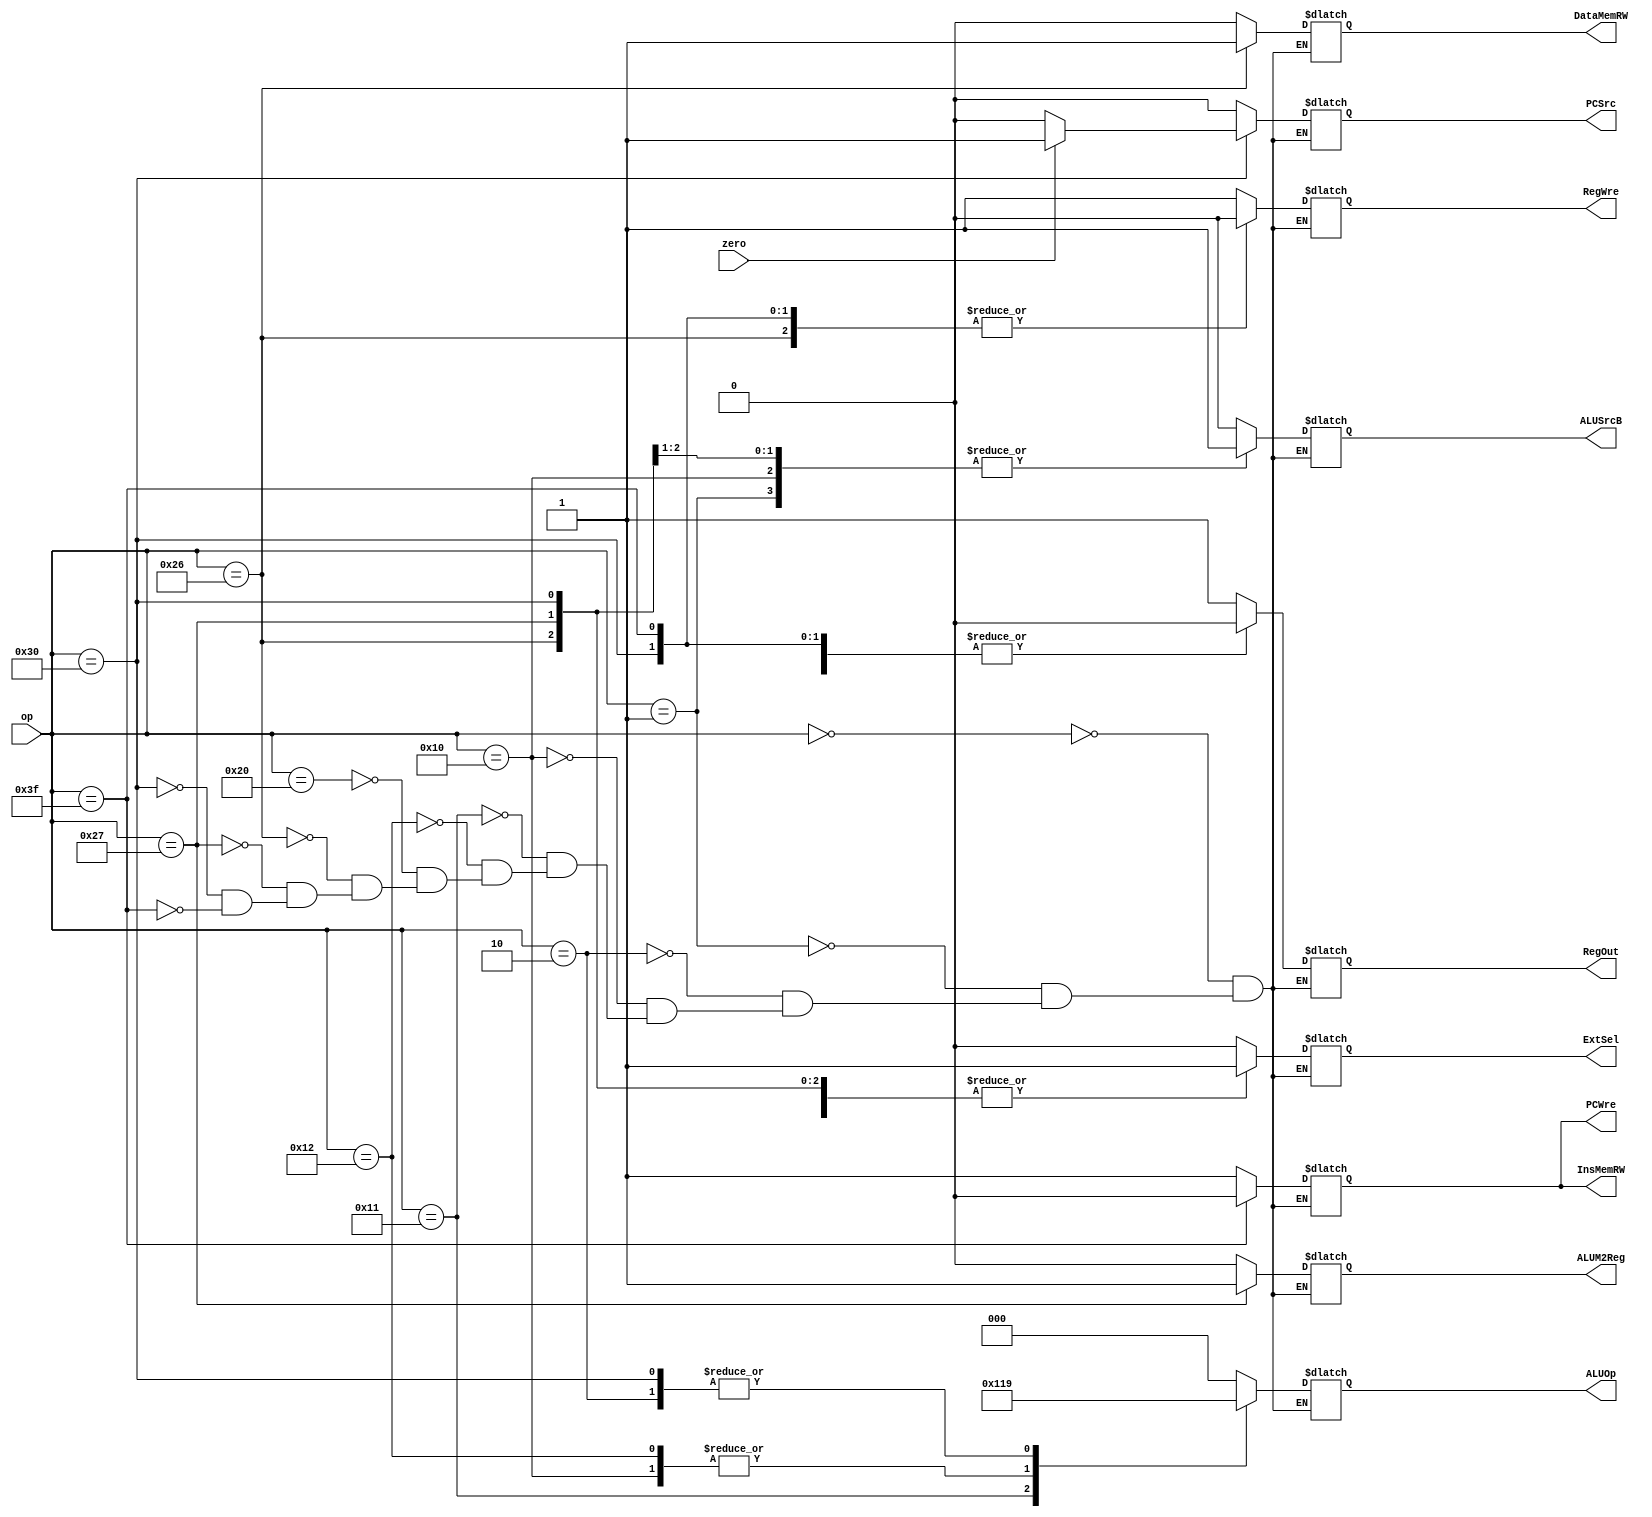
`timescale 1ns / 1ps

module ControlUnit (
    input [5:0] op,   // op
    input       zero, // ALUzero

    // 
    output reg PCSrc,  // 
    output reg PCWre,  // (PC)PC0PC
    output reg ALUSrcB,  // 
    output reg ALUM2Reg,  // 
    output reg RegWre,  // (RF)1
    output reg InsMemRW,  // (IM)10
    output reg DataMemRW,  // (DM)10
    output reg ExtSel,          // (EXT)100
    output reg RegOut,  // 
    output reg [2:0] ALUOp  // (ALU)ALU 
);

    // 
    initial begin
        ExtSel = 0;
        PCWre = 1;
        InsMemRW = 1; // 
        RegOut = 1;
        RegWre = 0;
        ALUOp = 0;
        PCSrc = 0;
        ALUSrcB = 0;
        DataMemRW = 0;
        ALUM2Reg = 0;
    end

    always @(op or zero) begin
        case (op)
            // add
            6'b000000: begin  // 
                PCWre = 1;
                ALUSrcB = 0;
                ALUM2Reg = 0;
                RegWre = 1;
                InsMemRW = 1;
                DataMemRW = 0;
                ExtSel = 0;
                PCSrc = 0;
                RegOut = 1;
                ALUOp = 3'b000; // 
            end
            // addi
            6'b000001: begin  // 
                PCWre = 1;
                ALUSrcB = 1;
                ALUM2Reg = 0;
                RegWre = 1;
                InsMemRW = 1;
                DataMemRW = 0;
                ExtSel = 1;
                PCSrc = 0;
                RegOut = 0;
                ALUOp = 3'b000;
            end
            // sub
            6'b000010: begin  // 
                PCWre = 1;
                ALUSrcB = 0;
                ALUM2Reg = 0;
                RegWre = 1;
                InsMemRW = 1;
                DataMemRW = 0;
                ExtSel = 0;
                PCSrc = 0;
                RegOut = 1;
                ALUOp = 3'b001;
            end
            // ori
            6'b010000: begin  // 
                PCWre = 1;
                ALUSrcB = 1;
                ALUM2Reg = 0;
                RegWre = 1;
                InsMemRW = 1;
                DataMemRW = 0;
                ExtSel = 0;
                PCSrc = 0;
                RegOut = 0;
                ALUOp = 3'b011;
            end
            // and
            6'b010001: begin  // 
                PCWre = 1;
                ALUSrcB = 0;
                ALUM2Reg = 0;
                RegWre = 1;
                InsMemRW = 1;
                DataMemRW = 0;
                ExtSel = 0;
                PCSrc = 0;
                RegOut = 1;
                ALUOp = 3'b100;
            end
            // or
            6'b010010: begin  // 
                PCWre = 1;
                ALUSrcB = 0;
                ALUM2Reg = 0;
                RegWre = 1;
                InsMemRW = 1;
                DataMemRW = 0;
                ExtSel = 0;
                PCSrc = 0;
                RegOut = 1;
                ALUOp = 3'b011;
            end
            // move
            6'b100000: begin  // 
                PCWre = 1;
                ALUSrcB = 0;
                ALUM2Reg = 0;
                RegWre = 1;
                InsMemRW = 1;
                DataMemRW = 0;
                ExtSel = 0;
                PCSrc = 0;
                RegOut = 1;
                ALUOp = 3'b000;
            end
            // sw
            6'b100110: begin  // 
                PCWre = 1;
                ALUSrcB = 1;
                ALUM2Reg = 0;
                RegWre = 0;
                InsMemRW = 1;
                DataMemRW = 1;
                ExtSel = 1;
                PCSrc = 0;
                RegOut = 0;
                ALUOp = 3'b000;
            end
            // lw
            6'b100111: begin  // 
                PCWre = 1;
                ALUSrcB = 1;
                ALUM2Reg = 1;
                RegWre = 1;
                InsMemRW = 1;
                DataMemRW = 0;
                ExtSel = 1;
                PCSrc = 0;
                RegOut = 0;
                ALUOp = 3'b000;
            end
            // beq
            6'b110000: begin  // 
                if (zero) begin
                    PCSrc = 1;
                end else begin
                    PCSrc = 0;
                end
                ALUM2Reg = 0;
                PCWre = 1;
                ALUSrcB = 0;
                RegWre = 0;
                InsMemRW = 1;
                DataMemRW = 0;
                ExtSel = 1;
                RegOut = 0;
                ALUOp = 3'b001;
            end
            // halt
            6'b111111: begin  // 
                PCWre = 0;
                ALUSrcB = 0;
                ALUM2Reg = 0;
                RegWre = 0;
                InsMemRW = 0;
                DataMemRW = 0;
                ExtSel = 0;
                PCSrc = 0;
                RegOut = 0;
                ALUOp = 3'b000;
            end
        endcase
    end

endmodule